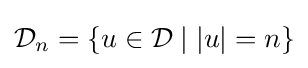
{\mathcal {D}}_{n}=\{u\in {\mathcal {D}}\mid |u|=n\}